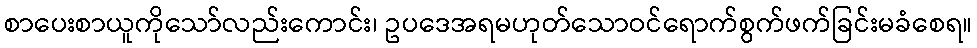
စာပေးစာယူကိုသော်လည်းကောင်း၊ ဥပဒေအရမဟုတ်သောဝင်ရောက်စွက်ဖက်ခြင်းမခံစေရ။